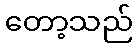
တော့သည်